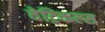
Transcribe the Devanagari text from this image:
वेट्रिकल्स